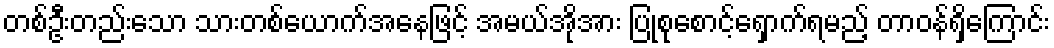
တစ်ဦးတည်းသော သားတစ်ယောက်အနေဖြင့် အမယ်အိုအား ပြုစုစောင့်ရှောက်ရမည့် တာဝန်ရှိကြောင်း